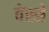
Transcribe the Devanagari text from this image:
वेस्से